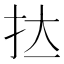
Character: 𭠑